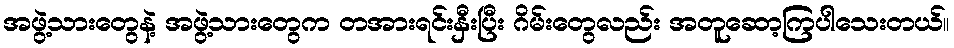
အဖွဲ့သားတွေနဲ့ အဖွဲ့သားတွေက တအားရင်းနှီးပြီး ဂိမ်းတွေလည်း အတူဆော့ကြပါသေးတယ်။